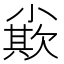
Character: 𡮪